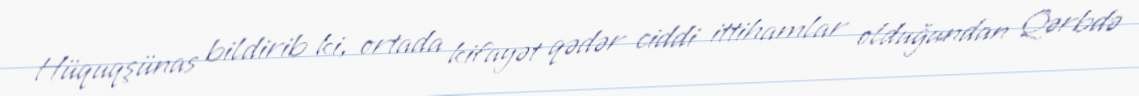
Hüquqşünas bildirib ki, ortada kifayət qədər ciddi ittihamlar olduğundan Qərbdə